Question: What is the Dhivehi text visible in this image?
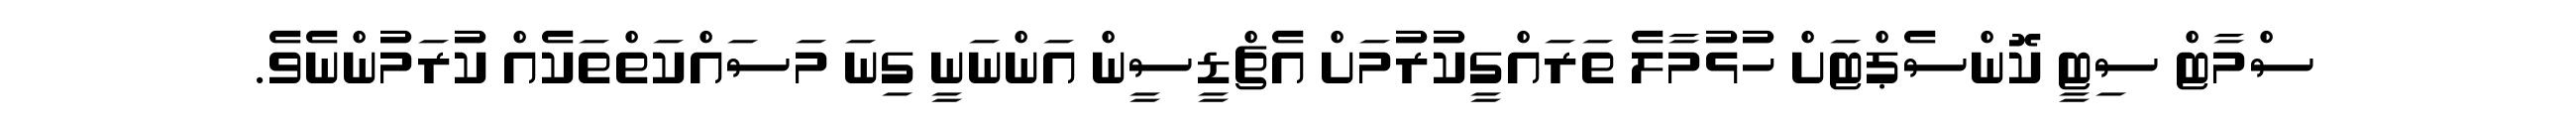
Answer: ސްމާޓް ސިޓީ ކޮންސެޕްޓަށް ހުޅުމާލެ ތަރައްގީކުރުމަށް އެޗްޑީސީން އަންނަނީ ގިނަ މަސައްކަތްތަކެއް ކުރަމުންނެވެ.